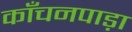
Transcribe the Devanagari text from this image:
काँचनपाड़ा